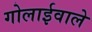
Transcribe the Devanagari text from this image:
गोलाईवाले